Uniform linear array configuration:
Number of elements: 12
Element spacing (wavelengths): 0.5
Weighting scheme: blackman
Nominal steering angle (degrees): -30
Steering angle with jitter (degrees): -30.306
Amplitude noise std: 0.05
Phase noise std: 0.05

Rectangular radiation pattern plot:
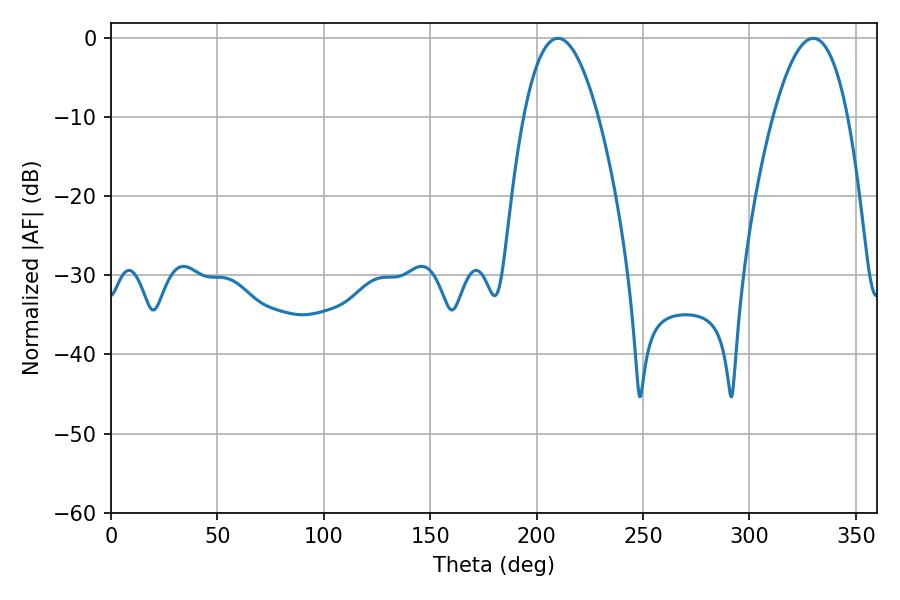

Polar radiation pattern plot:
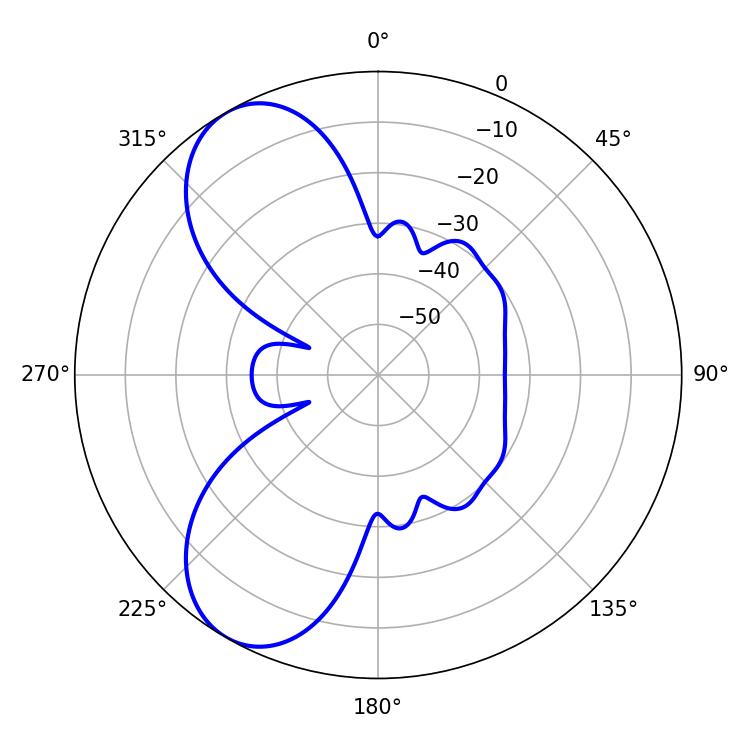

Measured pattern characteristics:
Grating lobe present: FALSE
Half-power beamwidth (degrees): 19.44
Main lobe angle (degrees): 210.06